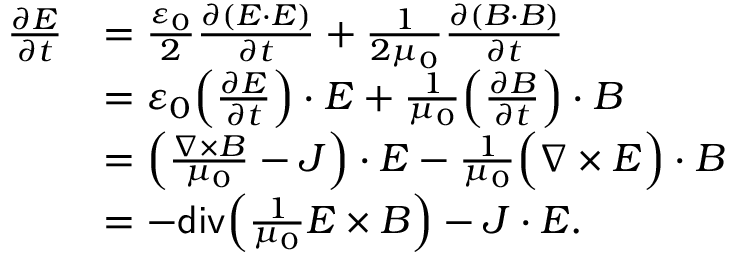
\begin{array} { r l } { \frac { \partial \cal { E } } { \partial t } } & { = \frac { \varepsilon _ { 0 } } { 2 } \frac { \partial ( E \cdot E ) } { \partial t } + \frac { 1 } { 2 \mu _ { 0 } } \frac { \partial ( B \cdot B ) } { \partial t } } \\ & { = \varepsilon _ { 0 } \Big ( \frac { \partial E } { \partial t } \Big ) \cdot E + \frac { 1 } { \mu _ { 0 } } \Big ( \frac { \partial B } { \partial t } \Big ) \cdot B } \\ & { = \Big ( \frac { \nabla \times B } { \mu _ { 0 } } - J \Big ) \cdot E - \frac { 1 } { \mu _ { 0 } } \Big ( \nabla \times E \Big ) \cdot B } \\ & { = - \mathsf { d i v } \Big ( \frac { 1 } { \mu _ { 0 } } E \times B \Big ) - J \cdot E . } \end{array}